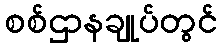
စစ်ဌာနချုပ်တွင်